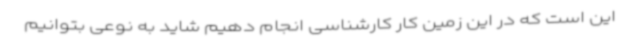
این است که در این زمین کار کارشناسی انجام دهیم شاید به نوعی بتوانیم